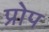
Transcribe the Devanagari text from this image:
प्रोप